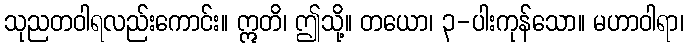
သုညတဝါရလည်းကောင်း။ ဣတိ၊ ဤသို့။ တယော၊ ၃-ပါးကုန်သော။ မဟာဝါရာ၊